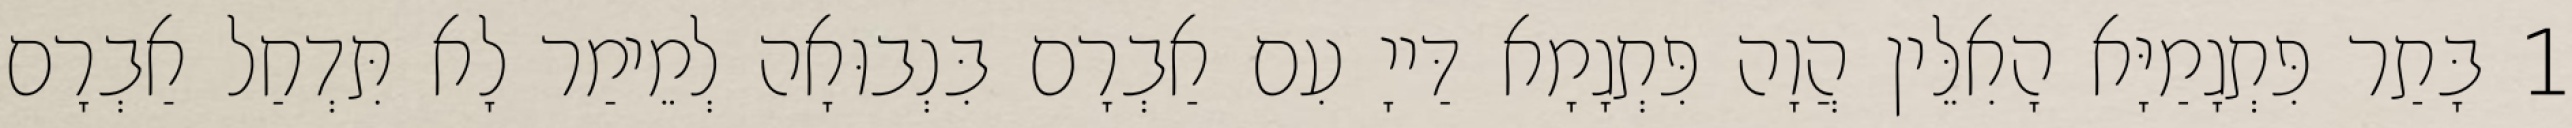
1 בָּתַר פִּתְגָמַיָּא הָאִלֵּין הֲוָה פִּתְגָמָא דַּייָ עִם אַבְרָם בִּנְבוּאָה לְמֵימַר לָא תִּדְחַל אַבְרָם